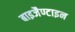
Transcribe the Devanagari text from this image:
बाइजैण्टाइन